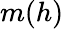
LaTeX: m(h)